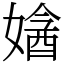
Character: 㜝